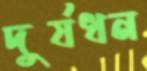
দুর্যধন